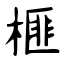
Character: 榧